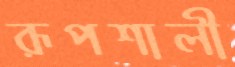
রূপশালী